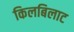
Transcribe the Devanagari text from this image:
किलबिलाट